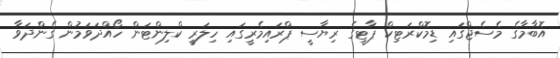
އޮބާމާގެ މެސެޖްގައި ޑިމޮކްރަޓިކް ޕާޓީގެ ރިޔާސީ ޕްރައިމެރީގައި ހިލަރީ ކްލިންޓަން ހޯއްދަވަމުން ގެންދަވާ